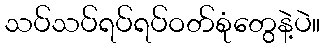
သပ်သပ်ရပ်ရပ်ဝတ်စုံတွေနဲ့ပဲ။